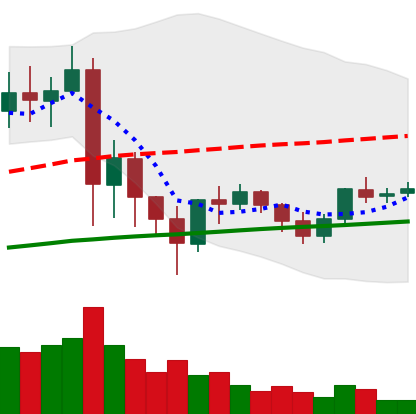
Ticker: XRP-USD
Chart end date: 2021-06-03
Forward return: -16.218%
Label: down_7plus